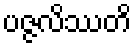
ပဇ္ဇလိဿတိ